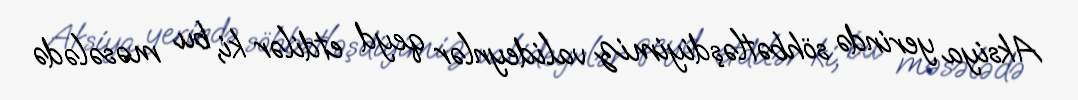
Aksiya yerində söhbətləşdiyimiz valideynlər qeyd etdilər ki, bu məsələdə